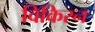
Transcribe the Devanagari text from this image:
विकिरन